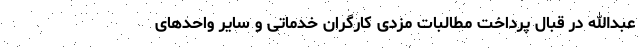
عبدالله در قبال پرداخت مطالبات مزدی کارگران خدماتی و سایر واحد‌های